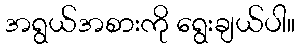
အရွယ်အစားကို ရွေးချယ်ပါ။